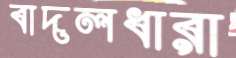
বাদলধারা